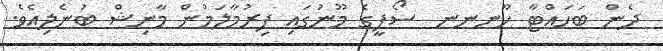
ދެން ބަހައްޓާ ހޫނނނ  ސޯފީގެ މޫނުގައި ފިރުމާލަމުން މާނިޝް ބުނެލިއެވެ.